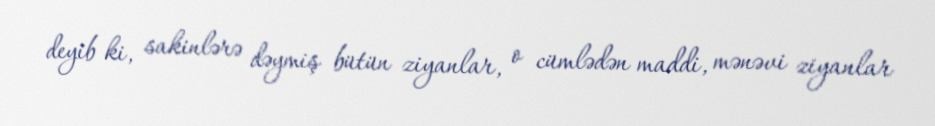
deyib ki, sakinlərə dəymiş bütün ziyanlar, o cümlədən maddi, mənəvi ziyanlar